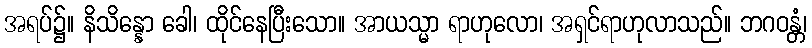
အရပ်၌။ နိသိန္နော ခေါ၊ ထိုင်နေပြီးသော။ အာယသ္မာ ရာဟုလော၊ အရှင်ရာဟုလာသည်။ ဘဂဝန္တံ၊